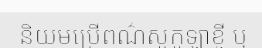
និយមប្រើពណ៌សូកូឡាខ្ចី ឬ